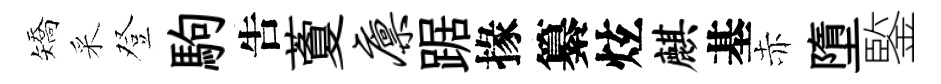
矯采登駒吿藑廪踞掾纂炫麒基赤墮鍳